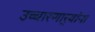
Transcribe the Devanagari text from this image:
उच्चारणार्‍यांना